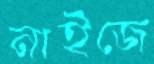
নাইজে